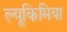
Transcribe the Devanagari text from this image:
ल्यूकिमिया